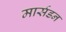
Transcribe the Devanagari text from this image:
मार्सडन